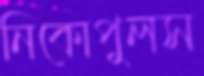
নিকোপুলস